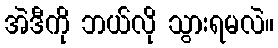
အဲဒီကို ဘယ်လို သွားရမလဲ။